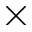
\times